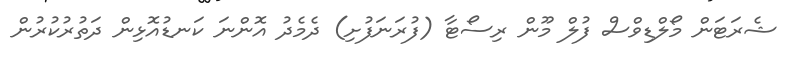
ޝެރަޓަން މޯލްޑިވްސް ފުލް މޫން ރިސޯޓާ (ފުރަނަފުށި) ދެމެދު އޮންނަ ކަނޑުއޮޅިން ދަތުރުކުރުން